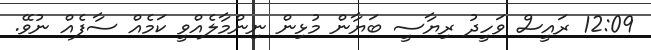
12:09 ރައީސް ވަހީދު ރިޔާސީ ބަޔާން މުޅިން ނިންމާލެއްވީ ކަމެއް ސާފެއް ނުވޭ.